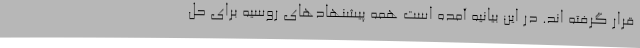
قرار گرفته اند. در این بیانیه آمده است همه پیشنهادهای روسیه برای حل